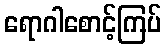
ရောဂါစောင့်ကြပ်